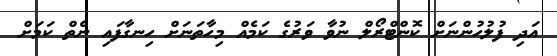
އަދި ފުލުހުންނަށް ކޮންޓްރޯލް ނުވާ ވަރުގެ ކަމެއް މިހާތަނަށް ހިނގާފައި ނެތް ކަމަށް